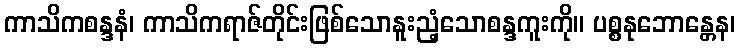
ကာသိကစန္ဒနံ၊ ကာသိကရာဇ်တိုင်းဖြစ်သောနူးညံ့သောစန္ဒကူးကို။ ပစ္စနုဘောန္တေန၊